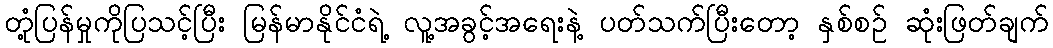
တုံ့ပြန်မှုကိုပြသင့်ပြီး မြန်မာနိုင်ငံရဲ့ လူ့အခွင့်အရေးနဲ့ ပတ်သက်ပြီးတော့ နှစ်စဉ် ဆုံးဖြတ်ချက်